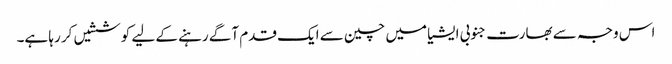
اس وجہ سے بھارت جنوبی ایشیا میں چین سے ایک قدم آگے رہنے کے لیے کوششیں کر رہا ہے۔